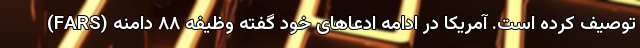
(FARS) توصیف کرده است. آمریکا در ادامه ادعاهای خود گفته وظیفه ۸۸ دامنه